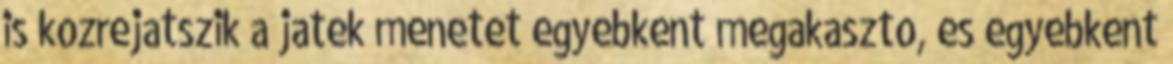
is kozrejatszik a jatek menetet egyebkent megakaszto, es egyebkent